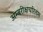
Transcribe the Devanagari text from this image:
अम्बरीक्षचरितम